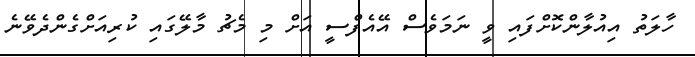
ހާލަތު އިއުލާންކޮށްފައި ވީ ނަމަވެސް އޭއެފްސީ އަށް މި މެޗު މާލޭގައި ކުރިއަށްގެންދެވޭނެ